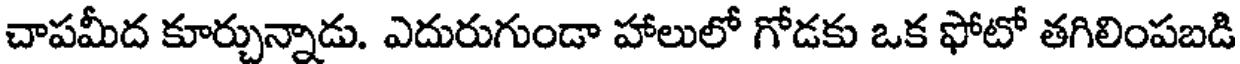
చాపమీద కూర్చున్నాడు. ఎదురుగుండా హాలులో గోడకు ఒక ఫోటో తగిలింపబడి